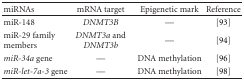
<table><thead><tr><td><b>miRNAs</b></td><td><b>mRNA target</b></td><td><b>Epigenetic mark</b></td><td><b>Reference</b></td></tr></thead><tbody><tr><td>miR-148</td><td><i>DNMT3B</i></td><td>—</td><td>[93]</td></tr><tr><td>miR-29 family members</td><td><i>DNMT3a</i> and <i>DNMT3b </i></td><td>—</td><td>[94]</td></tr><tr><td><i>miR-34a</i> gene</td><td>—</td><td>DNA methylation</td><td>[96]</td></tr><tr><td><i>miR-let-7a-3</i> gene</td><td>—</td><td>DNA methylation</td><td>[98]</td></tr></tbody></table>